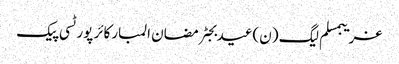
غریبمسلم لیگ (ن)عیدبجٹرمضان المبارکائر پورٹسی پیک